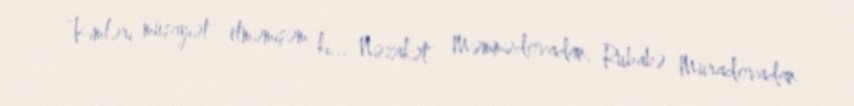
“Kimləri müşayiət etməmişəm ki... Nəzakət Məmmədovadan, Rubabə Muradovadan